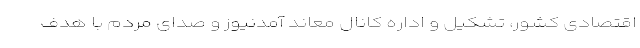
اقتصادی کشور، تشکیل و اداره کانال معاند آمدنیوز و صدای مردم با هدف